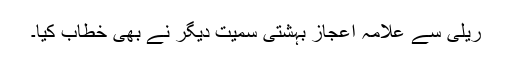
ریلی سے علامہ اعجاز بہشتی سمیت دیگر نے بھی خطاب کیا۔